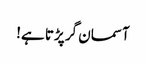
آسمان گر پڑتا ہے!